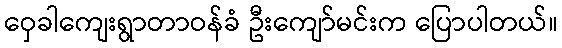
ဝှေခါကျေးရွာတာဝန်ခံ ဦးကျော်မင်းက ပြောပါတယ်။